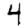
Digit: 4